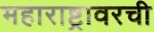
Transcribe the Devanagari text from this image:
महाराष्ट्रावरची